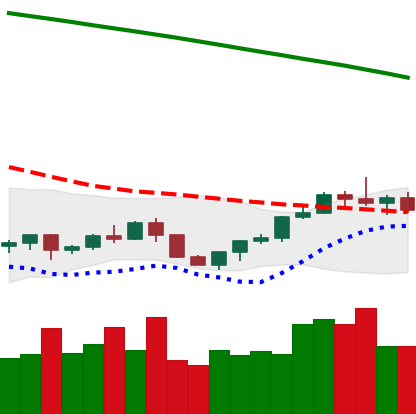
Ticker: LTC-USD
Chart end date: 2022-07-22
Forward return: 4.94%
Label: up_3_5